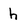
Character: h